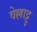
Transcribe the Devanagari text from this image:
वेल्लाट्टु